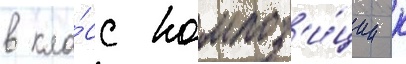
в кла́сс композ'и́ции к